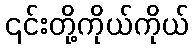
၎င်းတို့ကိုယ်ကိုယ်